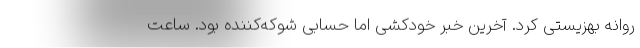
روانه بهزیستی کرد. آخرین خبر خودکشی اما حسابی شوکه‌کننده بود. ساعت